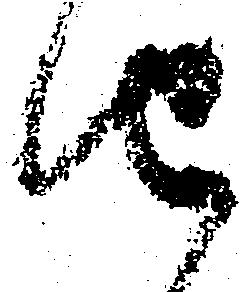
由